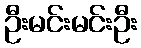
ဦးမင်းမင်းဦး